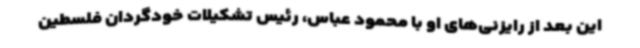
این بعد از رایزنی‌های او با محمود عباس، رئیس تشکیلات خودگردان فلسطین